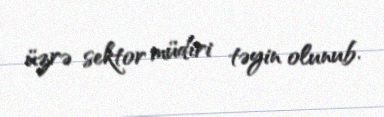
üzrə sektor müdiri təyin olunub.